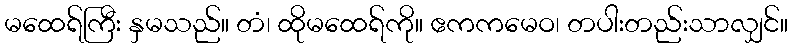
မထေရ်ကြီး နှမသည်။ တံ၊ ထိုမထေရ်ကို။ ဧကကမေဝ၊ တပါးတည်းသာလျှင်။